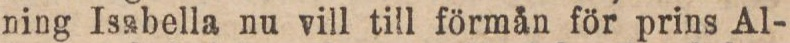
ning Isabella nu vill till förmån för prins Al-